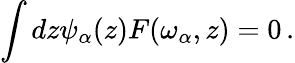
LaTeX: \int dz\psi_{\alpha}(z)F(\omega_{\alpha},z)=0\, .